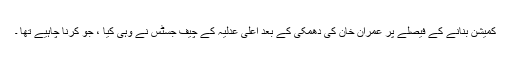
کمیشن بنانے کے فیصلے پر عمران خان کی دھمکی کے بعد اعلی عدلیہ کے چیف جسٹس نے وہی کیا ، جو کرنا چاہیے تھا ۔